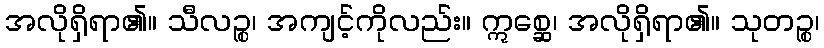
အလိုရှိရာ၏။ သီလဉ္စ၊ အကျင့်ကိုလည်း။ ဣစ္ဆေ၊ အလိုရှိရာ၏။ သုတဉ္စ၊